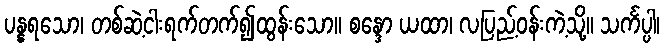
ပန္နရသော၊ တစ်ဆဲ့ငါးရက်တက်၍ထွန်းသော။ စန္ဒော ယထာ၊ လပြည့်ဝန်းကဲ့သို့။ သင်္ကပ္ပါ၊